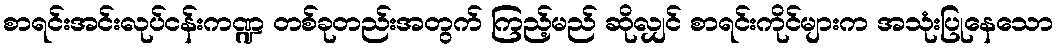
စာရင်းအင်းလုပ်ငန်းကဏ္ဍ တစ်ခုတည်းအတွက် ကြည့်မည် ဆိုလျှင် စာရင်းကိုင်များက အသုံးပြုနေသော